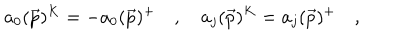
LaTeX: a _ { 0 } ( \vec { p } ) ^ { K } = - a _ { 0 } ( \vec { p } ) ^ { + } \quad , \quad a _ { j } ( \vec { p } ) ^ { K } = a _ { j } ( \vec { p } ) ^ { + } \quad ,